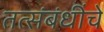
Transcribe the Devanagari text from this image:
तत्संबंधींचे